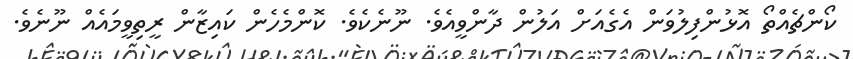
ކޯންޗެއްތޯ އޮޅުންފިލުވަން އެގެއަށް އަލުން ދާންވީއެވެ. ނޫނެކެވެ. ކޮންމެހެން ކައިޒާން ރީތިވީމައެއް ނޫނެވެ.